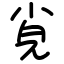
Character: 㝸